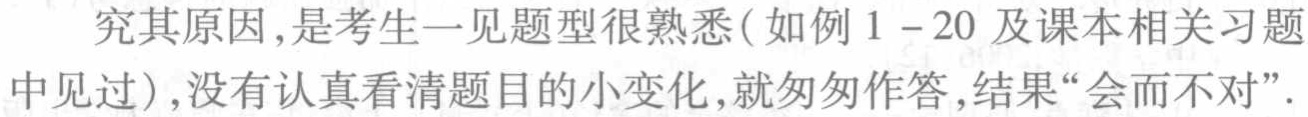
究其原因,是考生一见题型很熟悉(如例1 - 20及课本相关习题中见过),没有认真看清题目的小变化,就匆匆作答,结果“会而不对”.